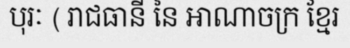
បុរៈ ( រាជធានី នៃ អាណាចក្រ ខ្មែរ